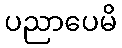
ပညာပေမိ